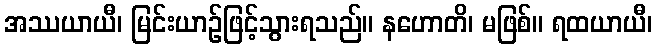
အဿယာယီ၊ မြင်းယာဉ်ဖြင့်သွားရသည်။ နဟောတိ၊ မဖြစ်။ ရထယာယီ၊